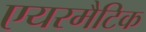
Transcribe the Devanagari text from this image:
एयरमैटिक